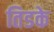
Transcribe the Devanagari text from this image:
तिडके